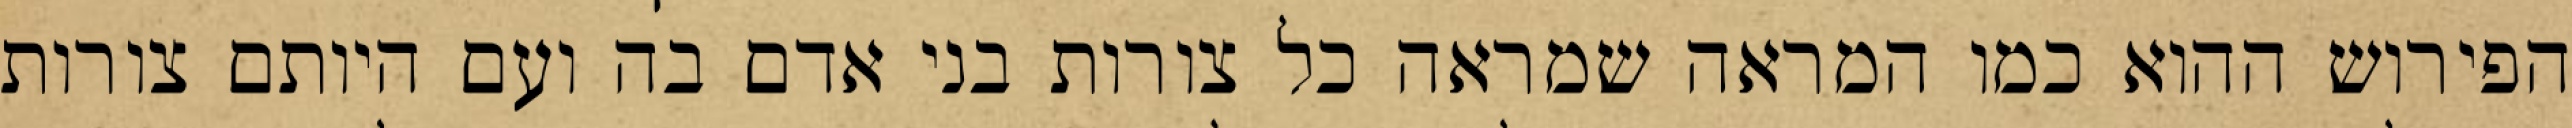
הפירוש ההוא כמו המראה שמראה כל צורות בני אדם בה ועם היותם צורות